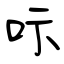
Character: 呩